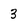
Character: 3